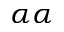
\alpha \alpha